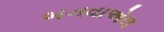
બનવાએલ